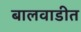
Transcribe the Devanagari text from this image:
बालवाडीत